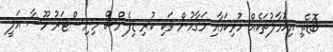
ބޮޑެތި އިހުމާލުތަކެއް ހުރިކަމާއި މަގާމުން ވަކި ކުރި ޑިފެންސް މިނިސްޓަރު މޫސާ އަލީ